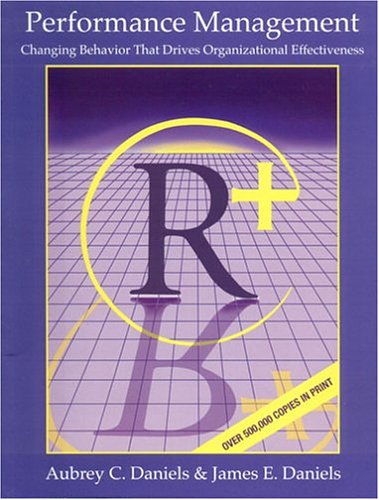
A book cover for Performance Management: Changing Behavior that Drives Organizational Effectiveness; Aubrey C. Daniels; Business & Money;